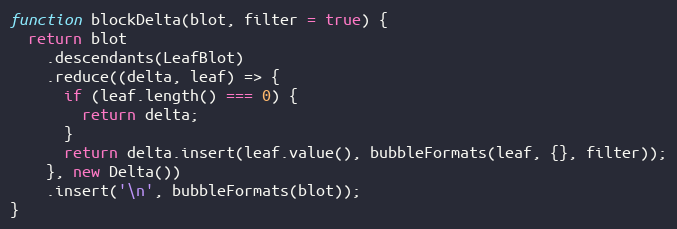
Language: JavaScript
function blockDelta(blot, filter = true) {
  return blot
    .descendants(LeafBlot)
    .reduce((delta, leaf) => {
      if (leaf.length() === 0) {
        return delta;
      }
      return delta.insert(leaf.value(), bubbleFormats(leaf, {}, filter));
    }, new Delta())
    .insert('\n', bubbleFormats(blot));
}